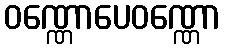
ဝဏ္ဏောပေဝဏ္ဏော